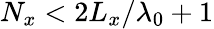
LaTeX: N_{x}<2L_{x}/\lambda_{0}+1